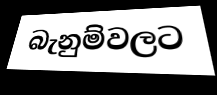
බැනුම්වලට